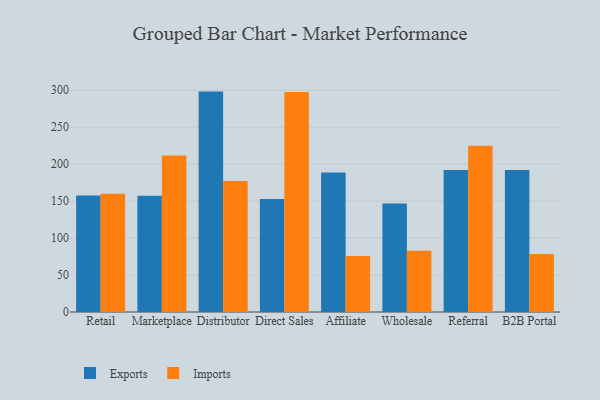
{"axis": {"x": "Channel", "y": "Shipments"}, "legend": ["Exports", "Imports"], "data": [{"x": "Retail", "y": 157.6, "type": "Exports"}, {"x": "Retail", "y": 160.1, "type": "Imports"}, {"x": "Marketplace", "y": 157.1, "type": "Exports"}, {"x": "Marketplace", "y": 211.6, "type": "Imports"}, {"x": "Distributor", "y": 298.1, "type": "Exports"}, {"x": "Distributor", "y": 177.2, "type": "Imports"}, {"x": "Direct Sales", "y": 152.9, "type": "Exports"}, {"x": "Direct Sales", "y": 297.5, "type": "Imports"}, {"x": "Affiliate", "y": 188.6, "type": "Exports"}, {"x": "Affiliate", "y": 75.6, "type": "Imports"}, {"x": "Wholesale", "y": 146.9, "type": "Exports"}, {"x": "Wholesale", "y": 82.8, "type": "Imports"}, {"x": "Referral", "y": 191.9, "type": "Exports"}, {"x": "Referral", "y": 225.0, "type": "Imports"}, {"x": "B2B Portal", "y": 192.1, "type": "Exports"}, {"x": "B2B Portal", "y": 78.4, "type": "Imports"}]}